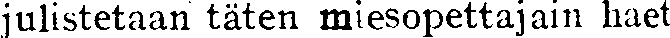
julistetaan täten miesopettajain haet